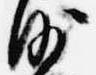
沙